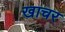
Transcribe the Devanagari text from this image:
खाचर